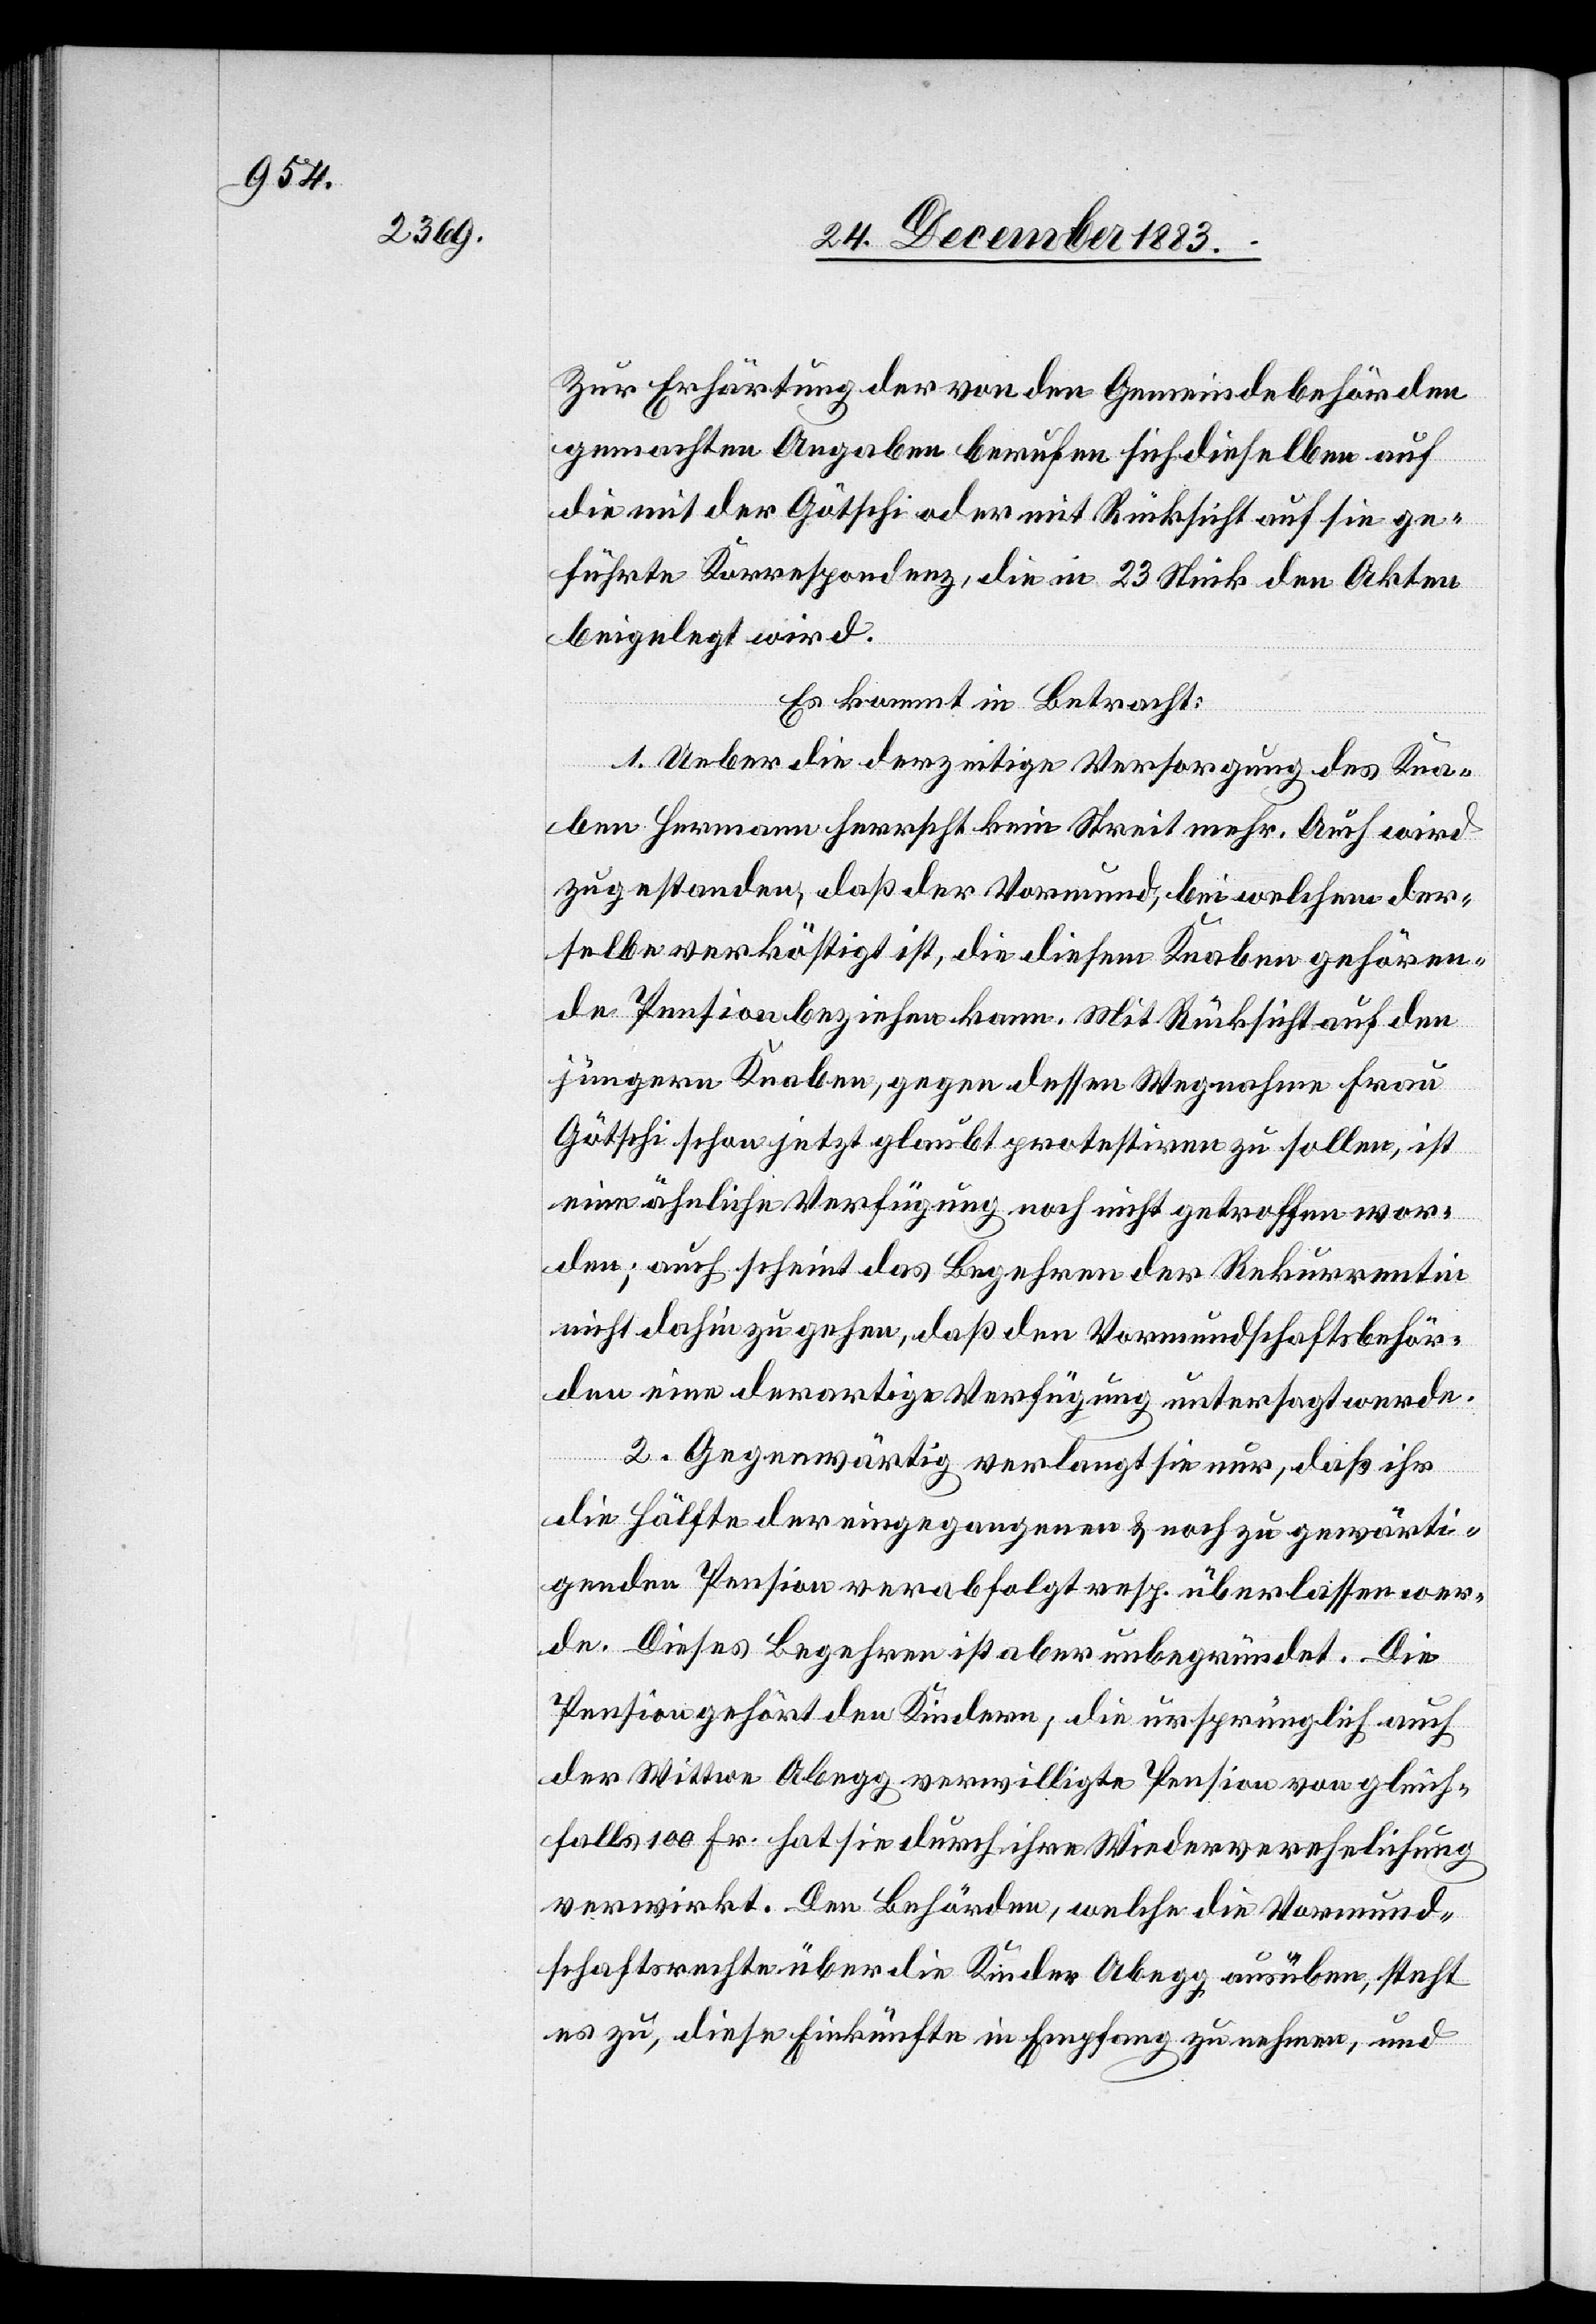
Zur Erhärtung der von den Gemeindebehörden
gemachten Angaben berufen sich dieselben auf
die mit der Götschi oder mit Rücksicht auf sie ge¬
führte Korrespondenz, die in 23 Stück den Akten
beigelegt wird.
Es kommt in Betracht:
1. Ueber die derzeitige Versorgung des Kna¬
ben Hermann herrscht kein Streit mehr. Auch wird
zugestanden, daß der Vormund, bei welchem der¬
selbe verköstigt ist, die diesem Knaben gehören¬
de Pension beziehen kann. Mit Rücksicht auf den
jüngeren Knaben, gegen dessen Wegnahme Frau
Götschi schon jetzt glaubt protestiren zu sollen, ist
eine ähnliche Verfügung noch nicht getroffen wor¬
den; auch scheint das Begehren der Rekurrentin
nicht dahin zu gehen, daß den Vormundschaftsbehör¬
den eine derartige Verfügung untersagt werde.
2. Gegenwärtig verlang sie nur, daß ihr
die Hälfte der eingegangenen & noch zu gewärti¬
genden Pension verabfolgt resp. überlassen wer¬
de. Dieses Begehren ist aber unbegründet. Die
Pension gehört den Kindern, die ursprünglich auch
der Wittwe Abegg verwilligte Pension von gleich¬
falls 100 Fr. hat sie durch ihre Wiederverehelichung
verwirkt. Den Behörden, welche die Vormund¬
schaftsrechte über die Kinder Abegg ausüben, steht
es zu, diese Einkünfte in Empfang zu nehmen, und